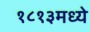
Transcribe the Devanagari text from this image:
१८१३मध्ये